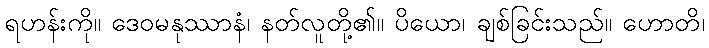
ရဟန်းကို။ ဒေဝမနုဿာနံ၊ နတ်လူတို့၏။ ပိယော၊ ချစ်ခြင်းသည်။ ဟောတိ၊